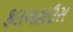
કલબહાઉસ